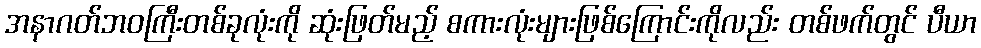
အနာဂတ်ဘဝကြီးတစ်ခုလုံးကို ဆုံးဖြတ်မည့် စကားလုံးများဖြစ်ကြောင်းကိုလည်း တစ်ဖက်တွင် ပီယာ